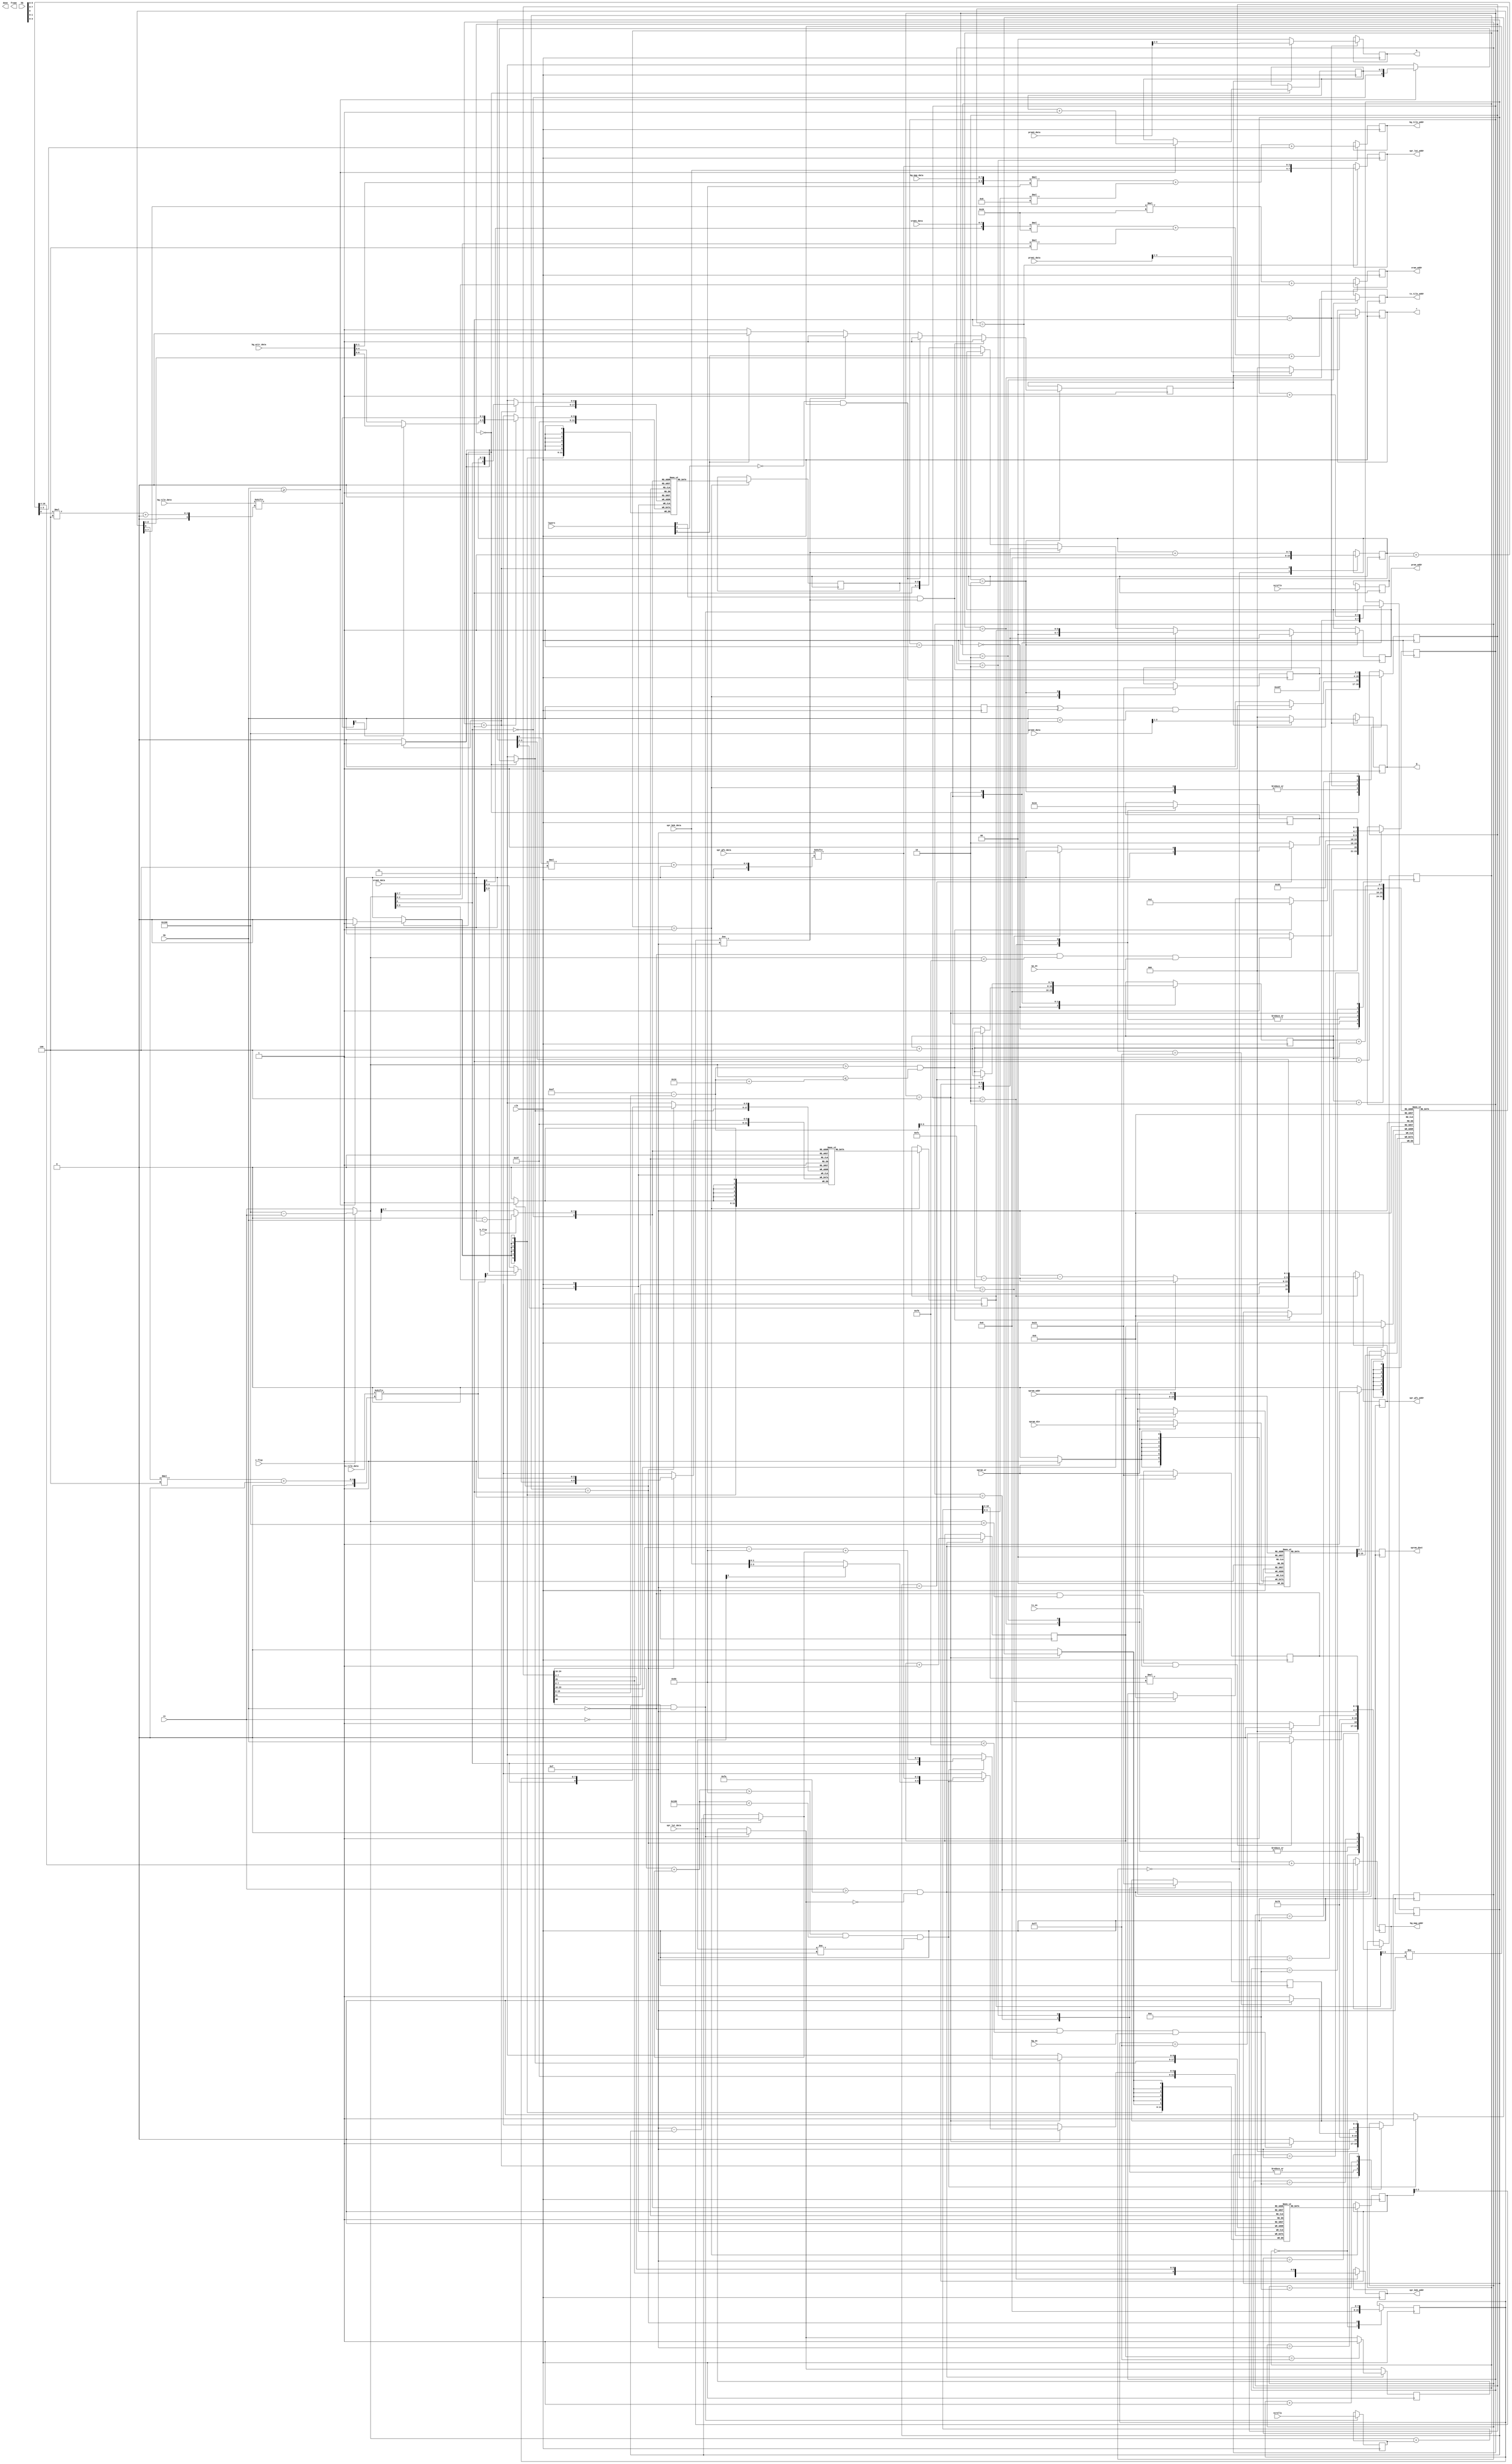

module gfx(
  input           clk,

  input       [8:0] hh,
  input       [8:0] vv,

  input      [10:0] scrollx,
  input      [10:0] scrolly,
  input       [2:0] layers,

  // mcpu sprite ram interface
  input       [7:0] spram_addr,
  input       [7:0] spram_din,
  output reg  [7:0] spram_dout,
  input             spram_wr,

  output reg [13:0] bg_map_addr,
  input       [7:0] bg_map_data,
  input       [7:0] bg_attr_data,

  output reg [16:0] bg_tile_addr,
  input       [7:0] bg_tile_data,

  output reg [10:0] vram_addr,
  input       [7:0] vram1_data,
  input       [7:0] vram2_data,

  output reg [13:0] tx_tile_addr,
  input       [7:0] tx_tile_data,

  output reg  [7:0] prom_addr,
  input       [3:0] prom1_data,
  input       [3:0] prom2_data,
  input       [3:0] prom3_data,

  output reg [15:0] spr_gfx_addr,
  input       [7:0] spr_gfx_data,

  output reg  [7:0] spr_bnk_addr,
  input       [3:0] spr_bnk_data,

  output reg  [7:0] spr_lut_addr,
  input       [3:0] spr_lut_data,

  output reg  [2:0] r, g,
  output reg  [1:0] b,
  output reg        done,
  output reg        frame,

  input             h_flip,
  input             v_flip,

  input             hb,

  input             bg_on,
  input             tx_on,
  input             sp_on

);

reg [8:0] hh0;

// object RAM

reg [7:0] info[255:0];
reg [7:0] smap[255:0];

always @(posedge clk) begin
  spram_dout <= info[spram_addr];
  if (spram_wr) info[spram_addr] <= spram_din;
end

wire [8:0] vh = v_flip ? 256 - vv : vv;
wire [8:0] hr = h_flip ? 256 - hh : hh;


// line buffers

reg [5:0] spbuf[511:0];
reg [5:0] bgbuf[511:0];
reg [5:0] txbuf[511:0];

// sprite registers

reg [3:0] sp_next;
reg [3:0] sp_state;
reg [7:0] spri;

wire [7:0] attr = smap[spri+2];
wire [8:0] spx  = { attr[0], smap[spri+3] }; // range is 0-511 visible area is 128-383
wire [7:0] spxa = spx[7:0] - 128;
wire [7:0] spy  = 239 - smap[spri];
wire [7:0] sdy  = spy - vh;
wire [3:0] sdyf = attr[7] ? sdy[3:0] : 4'd15 - sdy[3:0];
wire [8:0] code = { attr[1], smap[spri+1] };
reg  [3:0] sdx;
wire [3:0] sdxf = attr[6] ? 4'd15 - sdx[3:0] : sdx[3:0];
wire [3:0] sp_color_code = spr_gfx_data[sdx[0]*4+:4];


// bg registers

reg [3:0] bg_next;
reg [3:0] bg_state;
reg [7:0] bgx;

reg  [10:0] scx_reg;
reg  [10:0] scy_reg;
wire [10:0] sh = bgx + scx_reg;
wire [10:0] sv = vh + scy_reg;
wire [3:0]  bg_color_code = bg_tile_data[sh[0]*4+:4];

// txt register

reg  [3:0] tx_next;
reg  [3:0] tx_state;
reg  [7:0] txx;
wire [3:0] tx_color_code = tx_tile_data[txx[0]*4+:4];

reg        color_ok;
reg  [3:0] rstate;
reg  [3:0] rnext;
reg  [5:0] bg, tx, sp;

reg [7:0] clr_addr;
reg [7:0] smap_addr;
reg copied;

always @(posedge clk) begin

  hh0 <= hh;

  if (vv == 0 && hh == 0) begin
    scx_reg <= scrollx;
    scy_reg <= scrolly;
    copied = 1'b0;
  end

  if (vv > 250 && ~copied) begin
    smap[smap_addr] <= info[smap_addr];
    smap_addr <= smap_addr + 8'd1;
    if (smap_addr == 8'd255) copied <= 1'b1;
  end

  case (sp_state)

    4'd0: begin
      spri <= 8'd0;
      sp_state <= hh == 0 && vh < 240 && sp_on ? 1'b1 : 1'b0;
    end

    4'd1: begin
      if (vh > spy && vh <= spy+16) begin
        sp_state <= 4'd2;
        sdx <= 4'd0;
      end
      else begin
        spri <= spri + 8'd4;
        if (spri == 8'd252) sp_state <= 4'd0;
      end
    end

    4'd2: begin
      spr_gfx_addr <= { sdx[1], code, sdyf[3:0], sdx[3:2] };
      spr_bnk_addr <= code[8:2];
      sp_state <= 4'd14;
      sp_next <= 4'd3;
    end

    4'd3: begin
      spr_lut_addr <= { spr_bnk_data, sp_color_code };
      sp_state <= 4'd14;
      sp_next <= 4'd4;
    end

    4'd4: begin
      if (spx+sdxf > 128 && spx+sdxf < 256+128 && spr_lut_data != 4'hf) begin
        spbuf[{ vh[0], spxa+sdxf }] <= { (spr_lut_data[3] ? spr_bnk_data[3:2] : spr_bnk_data[1:0]), sp_color_code };
      end

      sdx <= sdx + 4'd1;
      sp_state <= 4'd2;
      if (sdx == 4'd15) begin
        spri <= spri + 8'd4;
        sp_state <= spri == 8'd252 ? 4'd0 : 4'd1;
      end
    end

    4'd14: sp_state <= 4'd15;
    4'd15: sp_state <= sp_next;

  endcase


  case (bg_state)

    4'd0: begin
      bg_state <= hh == 0 && hh < 240 && bg_on ? 1'b1 : 1'b0;
      bgx <= 0;
    end

    4'd1: begin
      bg_map_addr <= sv[10:4] * 128 + sh[10:4];
      bg_state <= 4'd14;
      bg_next <= 4'd2;
    end

    4'd2: begin
      bg_tile_addr <= { bg_attr_data[1:0], bg_map_data } * 128 + sv[3:0] * 8 + sh[3:1];
      bg_state <= 4'd14;
      bg_next <= 4'd3;
    end

    4'd3: begin
      bgbuf[{ vh[0], bgx }] <= { (bg_color_code[3] ? bg_attr_data[6:5] : bg_attr_data[4:3]), bg_color_code };
      bgx <= bgx + 8'd1;
      bg_state <= bgx == 255 ? 4'd0 : 4'd1;
    end

    4'd14: bg_state <= 4'd15;
    4'd15: bg_state <= bg_next;

  endcase


  case (tx_state)

    4'd0: begin
      tx_state <= hh == 0 && vh < 256 && tx_on ? 1'b1 : 1'b0;
      txx <= 0;
    end

    4'd1: begin
      vram_addr <= txx[7:3] * 32 + vh[7:3];
      tx_state <= 4'd14;
      tx_next <= 4'd2;
    end

    4'd2: begin
      tx_tile_addr <= { vram2_data[0], vram1_data } * 32 + vh[2:0] * 4 + txx[2:1];
      tx_state <= 4'd14;
      tx_next <= 4'd3;
    end

    4'd3: begin
      txbuf[{ vh[0], txx }] <= { (tx_color_code[3] ? vram2_data[6:5] : vram2_data[4:3]), tx_color_code };
      txx <= txx + 8'd1;
      tx_state <= txx == 255 ? 4'd0 : 4'd1;
    end

    4'd14: tx_state <= 4'd15;
    4'd15: tx_state <= tx_next;

  endcase

  case (rstate)

    4'd0: begin
      rstate <= hh0 ^ hh && hh < 256 ? 2'd1 : 2'd0;
      if (hh >= 256) begin
        spbuf[{ ~vh[0], clr_addr }] <= 6'h3f;
        txbuf[{ ~vh[0], clr_addr }] <= 6'h3f;
        bgbuf[{ ~vh[0], clr_addr }] <= 6'h3f;
        clr_addr <= clr_addr + 8'd1;
      end
    end


    4'd1: begin
      bg <= bgbuf[{ ~vh[0], hr[7:0] }];
      tx <= txbuf[{ ~vh[0], hr[7:0] }];
      sp <= spbuf[{ ~vh[0], hr[7:0] }];
      rstate <= 4'd14;
      rnext <= 4'd2;
    end

    4'd2: begin

      color_ok <= 1'b0;

      if (~layers[1]) begin
        prom_addr <= { 2'b11, bg };
        color_ok <= 1'b1;
      end

      if (sp[3:0] != 4'hf) begin
        prom_addr <= { 2'b10, sp };
        color_ok <= 1'b1;
      end

      if (~layers[2] && tx[3:0] != 4'hf) begin
        prom_addr <= { 2'b00, tx };
        color_ok <= 1'b1;
      end

      if (layers[0] && sp[3:0] != 4'hf) begin
        prom_addr <= { 2'b10, sp };
        color_ok <= 1'b1;
      end

      // bgbuf[{ ~vh[0], hr[7:0] }] <= 6'h3f;
      // spbuf[{ ~vh[0], hr[7:0] }] <= 6'h3f;
      // txbuf[{ ~vh[0], hr[7:0] }] <= 6'h3f;

      rstate <= 4'd14;
      rnext <= 4'd3;
    end

    4'd3: begin
      if (color_ok) begin
        r <= prom1_data[3:1];
        g <= prom2_data[3:1];
        b <= prom3_data[3:2];
      end
      else begin
        { r, g, b } <= 8'd0;
      end
      rstate <= 4'd0;
    end

    4'd14: rstate <= 4'd15;
    4'd15: rstate <= rnext;

  endcase

end

endmodule